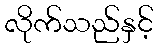
လိုက်သည်နှင့်